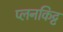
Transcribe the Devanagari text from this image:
प्लनकिट्ट